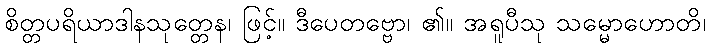
စိတ္တပရိယာဒါနသုတ္တေန၊ ဖြင့်။ ဒီပေတဗ္ဗော၊ ၏။ အရူပီသု သမ္မောဟောတိ၊